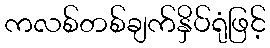
ကလစ်တစ်ချက်နှိပ်ရုံဖြင့်